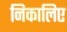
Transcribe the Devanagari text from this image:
निकालिए